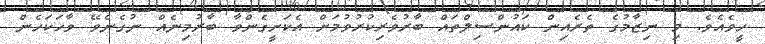
ހީވެއެވެ. މި ނިޒާމުގެ ތެރެއިން ކައުންސިލްތައް ބާރުވެރިކުރުވުމަށް އެކަށީގެންވާ ބާރުމިނެއް ނުގެނެވޭ ވާހަަކަހެން